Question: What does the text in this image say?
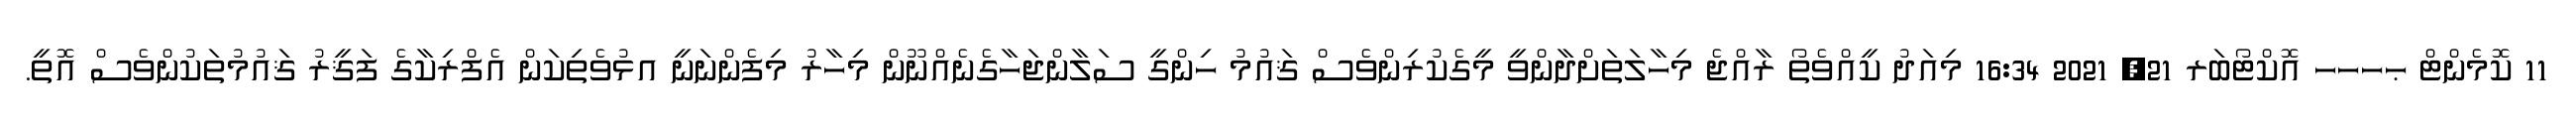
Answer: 11 ކޮމެންޓް ޙހހހ އޮކްޓޯބަރ 21, 2021 16:34 މިއަދު ކީއްވެތޯ ރާއްޖެ މިހާލަތަށްދާންވީ މީގެކުރިންވެސް ޤައުމު ހިންގީ ސަލާންޖަހާގެނެއްނޫން މިހާރު މިފެންނަނީ އޅުވެތިކަން އެފްރިކާގެ ފަޤީރު ޤައުމުތަކުންވެސް އޮތީ.